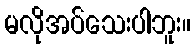
မလိုအပ်သေးပါဘူး။